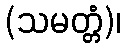
(သမတ္တံ)၊